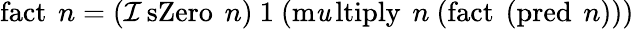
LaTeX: \operatorname{fact}\ n=(\operatorname{\mathcal{I}sZero}\ n)\ 1\ (\operatorname{m\mathit{u}ltiply}\ n\ (\operatorname{fact}\ (\operatorname{pred}\ n)))